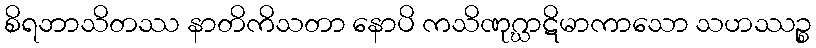
စိရဘာသိတဿ နာတိကိသတာ နောပိ ကသိဏုဂ္ဃာဋိမာကာသော သဟဿဉ္စ